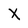
Character: X